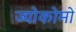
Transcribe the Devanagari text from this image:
ज्योकोमो